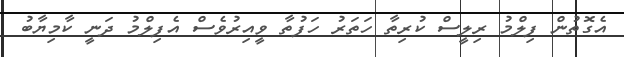
އެގޮތުން ފިލްމު ރިލީސް ކުރިތާ ހަތަރު ހަފުތާ ވީއިރުވެސް އެފިލްމު ދަނީ ކާމިޔާބު